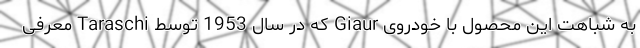
به شباهت این محصول با خودروی Giaur که در سال 1953 توسط Taraschi معرفی